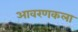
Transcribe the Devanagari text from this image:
आवरणकला